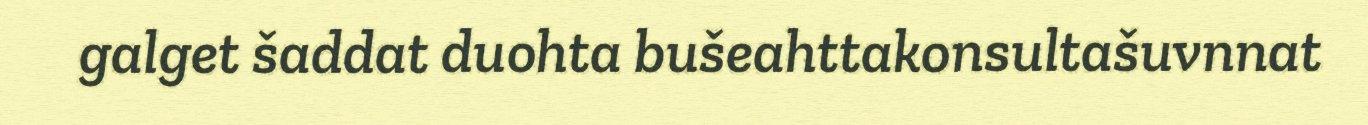
galget šaddat duohta bušeahttakonsultašuvnnat